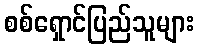
စစ်ရှောင်ပြည်သူများ